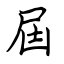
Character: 屆